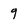
Character: 9